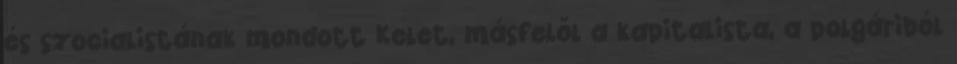
és szocialistának mondott Kelet, másfelől a kapitalista, a polgáriból